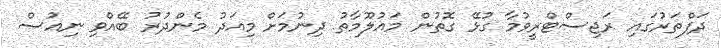
ދަފްތަރުގައި ރަޖިސްޓްރީވުމާ ގުޅޭ ގޮތުން މައުލޫމާތު ދިނުމަށް މިއަދު މެންދުރު ބޭއްވި ނިއުސް